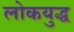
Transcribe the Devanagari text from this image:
लोकयुद्ध